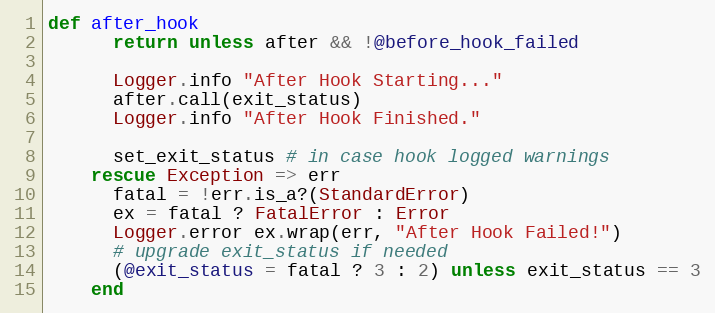
Language: Ruby
def after_hook
      return unless after && !@before_hook_failed

      Logger.info "After Hook Starting..."
      after.call(exit_status)
      Logger.info "After Hook Finished."

      set_exit_status # in case hook logged warnings
    rescue Exception => err
      fatal = !err.is_a?(StandardError)
      ex = fatal ? FatalError : Error
      Logger.error ex.wrap(err, "After Hook Failed!")
      # upgrade exit_status if needed
      (@exit_status = fatal ? 3 : 2) unless exit_status == 3
    end